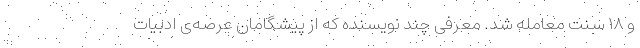
و ۱۸ سنت معامله شد. معرفی چند نویسنده که از پیشگامان عرصه‌ی ادبیات